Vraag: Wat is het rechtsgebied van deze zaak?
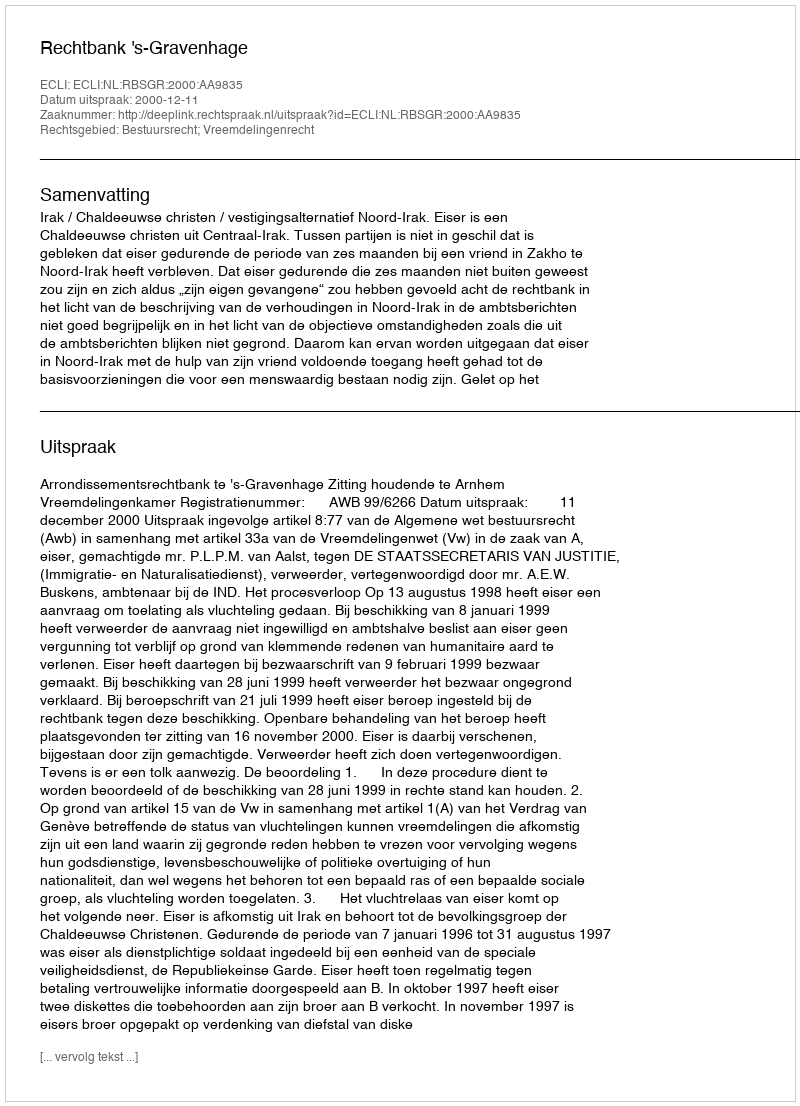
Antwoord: Bestuursrecht; Vreemdelingenrecht